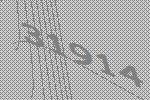
31914